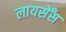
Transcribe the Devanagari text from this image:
लायसेँस